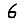
Digit: 6